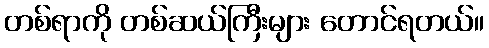
တစ်ရာကို တစ်ဆယ်ကြီးများ တောင်ရတယ်။